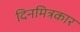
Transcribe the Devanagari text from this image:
दिनमित्रकार